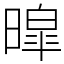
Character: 暭